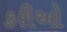
કરીઓ